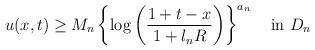
LaTeX: \begin{align*}u(x,t) \ge M_n\left\{\log\left(\frac{1+t-x}{1+l_nR}\right)\right\}^{a_n}\quad\mbox{in}\ D_{n}\end{align*}